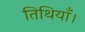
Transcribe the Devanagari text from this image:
तिथियाँ।